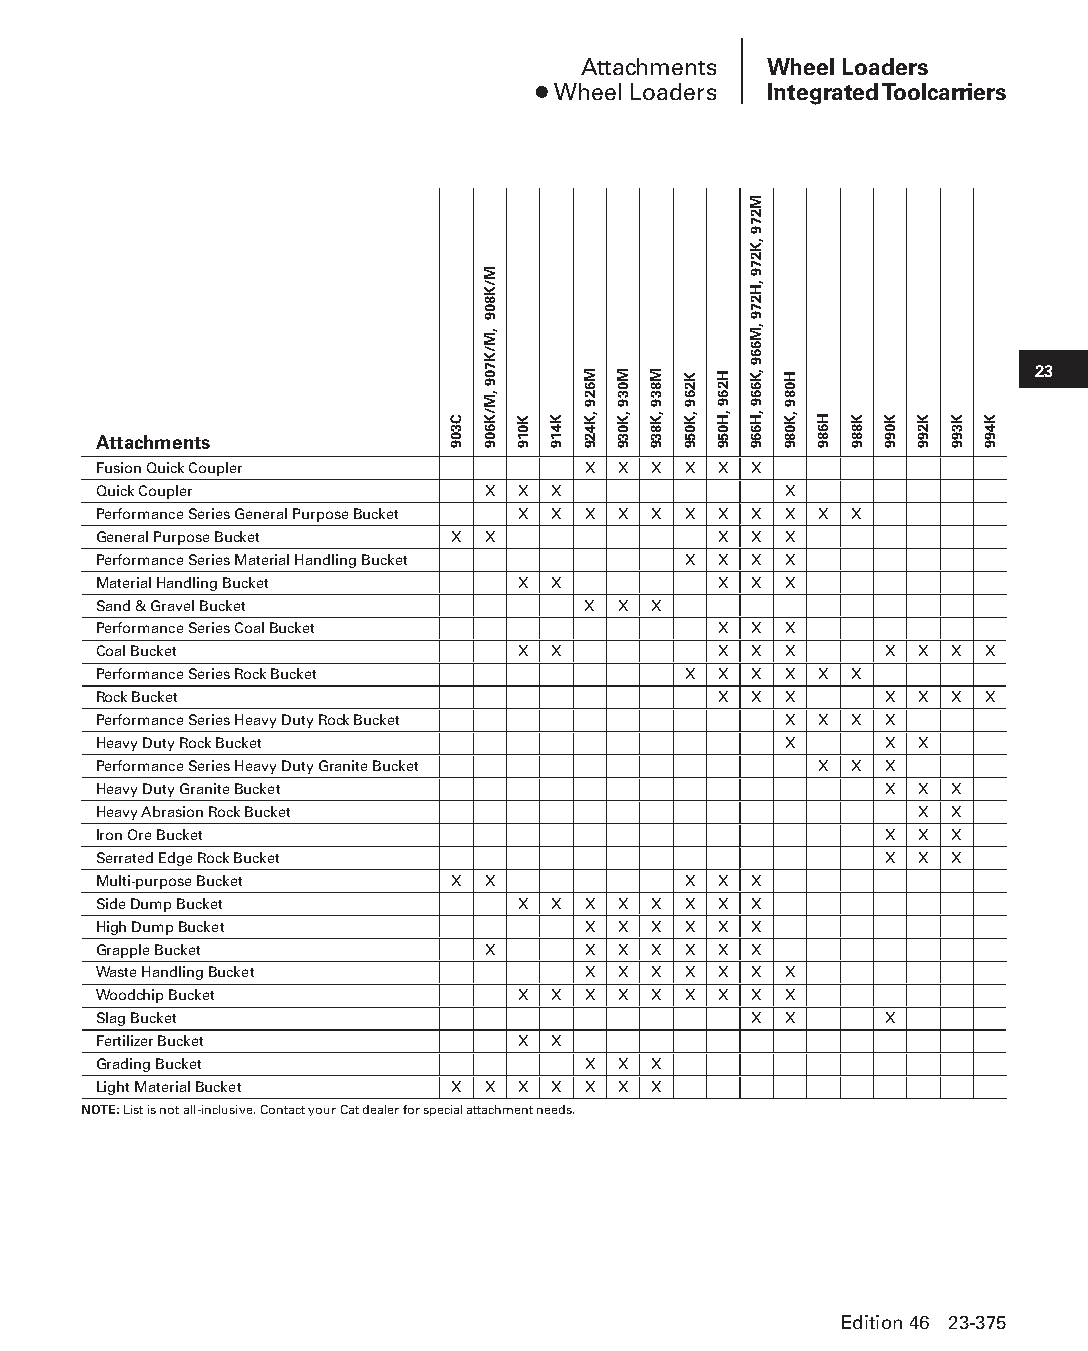
Attachments Wheel Loaders
 ● Wheel Loaders Integrated Toolcarriers
 23
 Attachments
 Fusion Quick Coupler            X X X  X X X
 Quick Coupler            X  X X              X
 Performance Series General Purpose Bucket X X X X X X X X X X X
 General Purpose Bucket X X               X X X
 Performance Series Material Handling Bucket X X X X
 Material Handling Bucket    X X          X X X
 Sand & Gravel Bucket            X X X
 Performance Series Coal Bucket           X X X
 Coal Bucket                 X X          X X X      X X X  X
 Performance Series Rock Bucket         X X X X  X X
 Rock Bucket                              X X X      X X X  X
 Performance Series Heavy Duty Rock Bucket    X  X X X
 Heavy Duty Rock Bucket                       X      X X
 Performance Series Heavy Duty Granite Bucket    X X X
 Heavy Duty Granite Bucket                           X X X
 Heavy Abrasion Rock Bucket                            X X
 Iron Ore Bucket                                     X X X
 Serrated Edge Rock Bucket                           X X X
 Multi-purpose Bucket   X X             X X X
 Side Dump Bucket            X X X X X  X X X
 High Dump Bucket                X X X  X X X
 Grapple Bucket           X      X X X  X X X
 Waste Handling Bucket           X X X  X X X X
 Woodchip Bucket             X X X X X  X X X X
 Slag Bucket                                X X      X
 Fertilizer Bucket           X X
 Grading Bucket                  X X X
 Light Material Bucket  X X  X X X X X
 NOTE: List is not all-inclusive. Contact your Cat dealer for special attachment needs.
 Edition 46 23-375
 PPHHBB--SSeecc2233((ppgg332255--338800))..iinndddd 337755      1122//44//1155 1111::1133 AAMM
 C309
 M/K809
 ,M/K709
 ,M/K609
 K019 K419
 M629
 ,K429
 M039
 ,K039
 M839
 ,K839
 K269
 ,K059
 H269
 ,H059
 M279
 ,K279
 ,H279
 ,M669
 ,K669
 ,H669
 H089
 ,K089 H689 K889 K099 K299 K399 K499